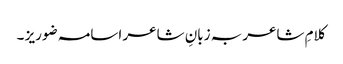
کلامِ شاعر بہ زبانِ شاعر اسامہ ضوریز ۔